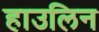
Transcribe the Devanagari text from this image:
हाउलिन